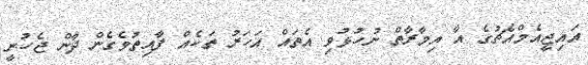
އައިޖީއެމްއެޗުގެ އާ އިމާރާތް ނުހުޅުވި އެތައް އަހަރު ތަކެއް ފާއިތުވެގެން ދާން ޖެހުނީ